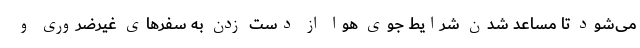
می‌شود تا مساعد شدن شرایط جوی هوا از دست زدن به سفرهای غیرضروری و